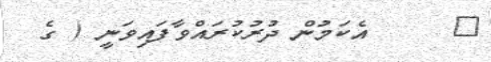
٩     އެކަމުން ދުރުކުރައްވާފައިވަނީ ( ގެ